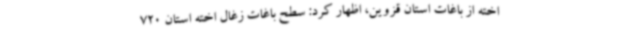
اخته از باغات استان قزوین، اظهار کرد: سطح باغات زغال اخته استان 720